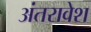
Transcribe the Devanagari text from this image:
अंतरावेश